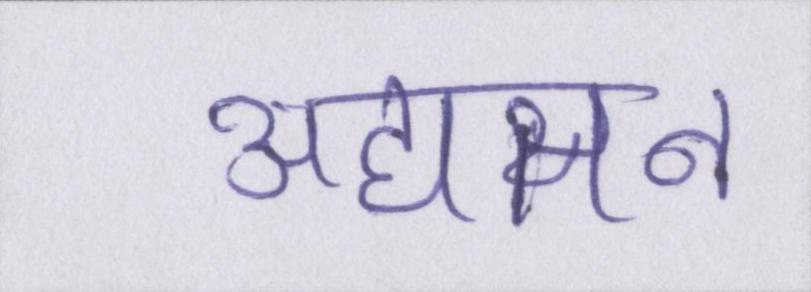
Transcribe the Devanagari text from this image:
अद्यतन